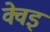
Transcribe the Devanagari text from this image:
क्वेइ